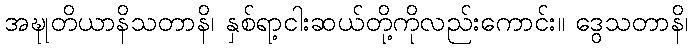
အဍ္ဎုတိယာနိသတာနိ၊ နှစ်ရာ့ငါးဆယ်တို့ကိုလည်းကောင်း။ ဒွေသတာနိ၊